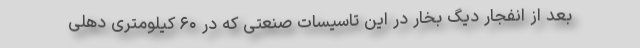
بعد از انفجار دیگ بخار در این تاسیسات صنعتی که در ۶۰ کیلومتری دهلی